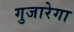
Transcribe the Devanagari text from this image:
गुजारेगा